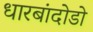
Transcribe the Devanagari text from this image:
धारबांदोडाे